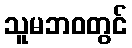
သူမဘဝတွင်